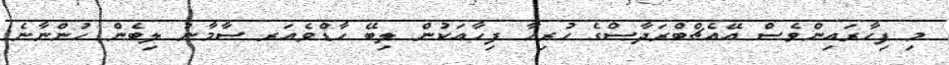
މި ފިހާރައިންވެސް އޭއެޗްބްރަދާސްގެ ހުރިހާ ފިހާއަކުން ލިބޭ ހާޑްވެއަރ ސާމާނު ލިބެން ހުންނާނެ